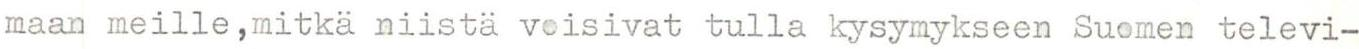
maan meille,mitkä niistä voisivat tulla kysymykseen Suomen televi-